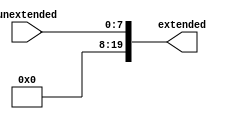
`timescale 1ns / 1ps
//////////////////////////////////////////////////////////////////////////////////
// Company: 
// Engineer: 
// 
// Design Name: 
// Module Name:    ZeroExtend 
// Project Name: 
// Target Devices: 
// Tool versions: 
// Description: 
//
// Dependencies: 
//
// Revision: 
// Revision 0.01 - File Created
// Additional Comments: 
//
//////////////////////////////////////////////////////////////////////////////////
module ZeroExtend(
		input [7:0] unextended,
		output reg [19:0] extended
    );
		
		always @ (*)
		begin
			extended[7:0] <= unextended[7:0];
			extended[19:8] <= 12'b0;
		end

endmodule